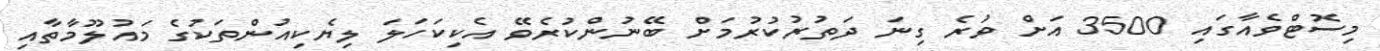
މިސޮޓްވެއާގައި 3500 އަށް ވުރެ ގިނަ ދަތުރުކުރުމަށް ބޭނުންކުރެވޭ އެކިކަހަލަ ލިޔެކިއުންތަކުގެ މައުލޫމާތާއި